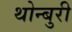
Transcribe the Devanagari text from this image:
थोन्बुरी